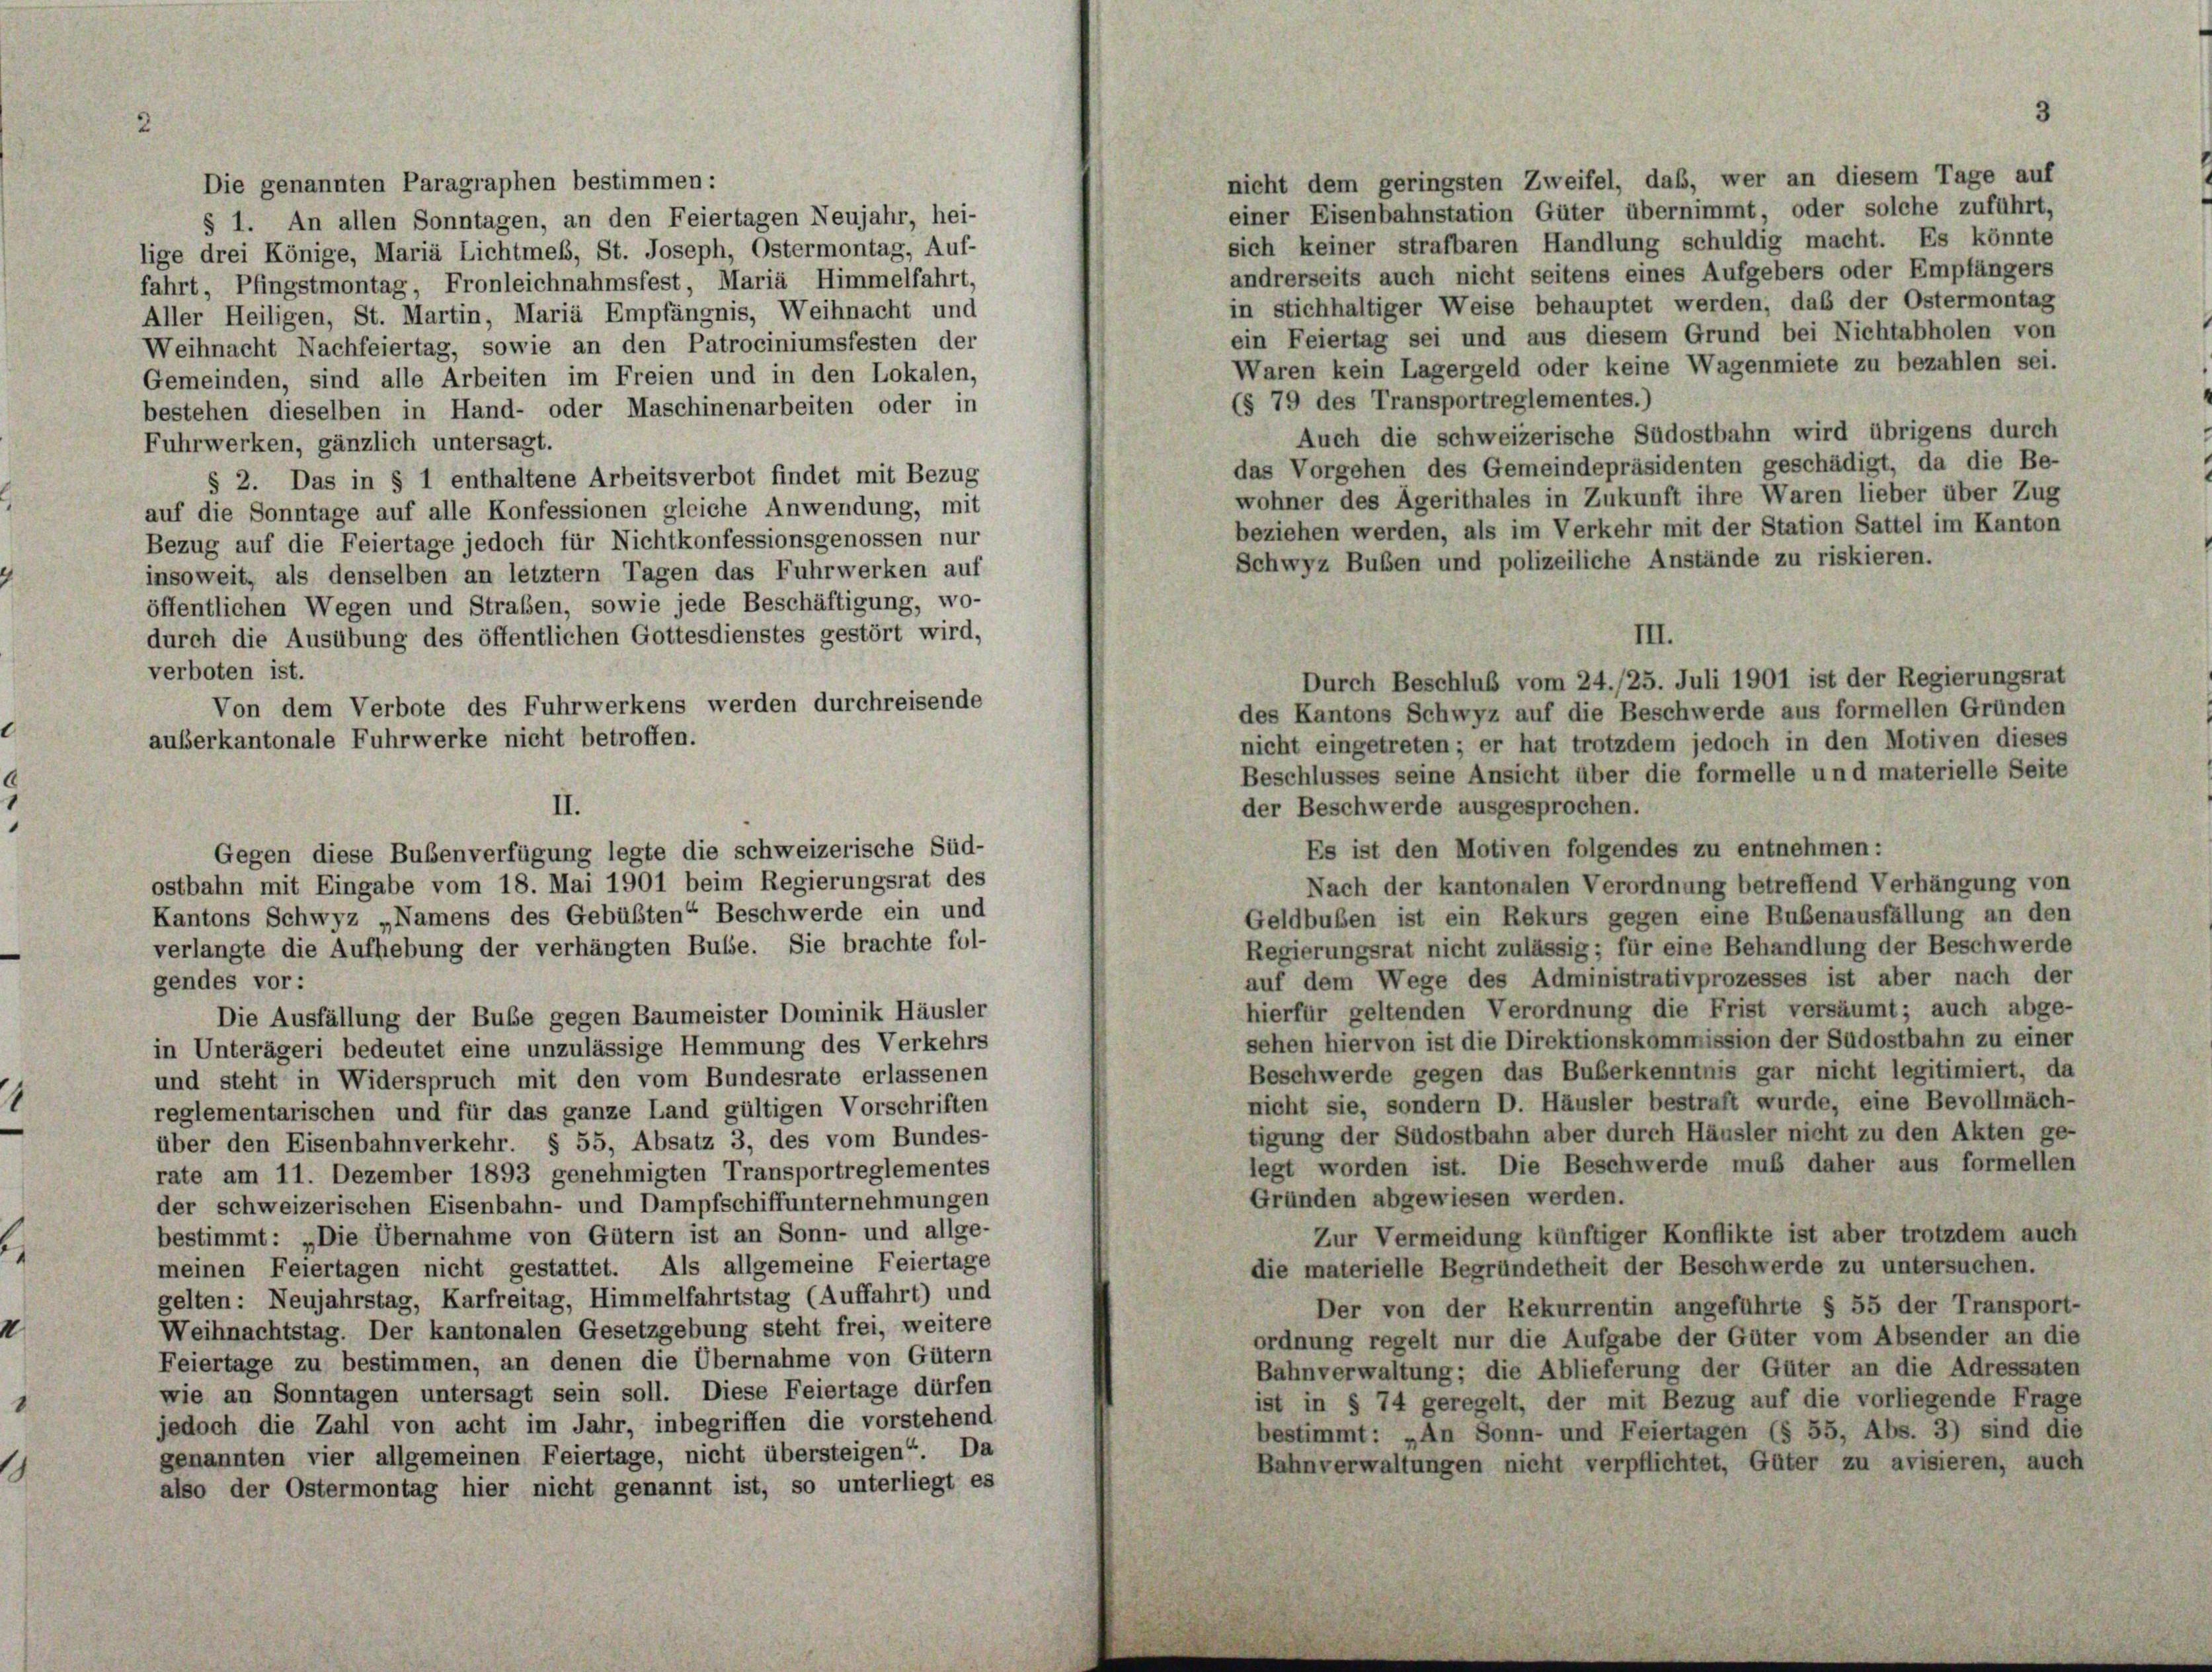
nicht dem geringsten Zweifel, das, wer an diesem Tage auf
Die genannten Paragraphen bestimmen:
einer Eisenbahnstation Güter übernimmt, oder solche zuführt,
§ 1. An allen Sonntagen, an den Feiertagen Neujahr, hei-
sich keiner strafbaren Handlung schuldig macht. Es könnte
ge drei Könige, Maria Lichtmess, St. Joseph, Ostermontag, Auf-
andrerseits auch nicht seitens eines Aufgebers oder Empfängers
hrt, Pfingstmontag, Fronleichnahmsfest, Mariä Himmelfahrt,
in stichhaltiger Weise behauptet werden, das der Ostermontag
Aller Heiligen, St. Martin, Maria Empfängnis, Weihnacht und
ein Feiertag sei und aus diesem Grund bei Nichtabholen von
Veihnacht Nachfeiertag, sowie an den Patrociniumsfesten der
Waren kein Lagergeld oder keine Wagenmiete zu bezahlen sei.
femeinden, sind alle Arbeiten im Freien und in den Lokalen,
(§ 79 des Transportreglementes.)
estehen dieselben in Hand- oder Maschinenarbeiten oder in
Auch die schweizerische Südostbahn wird übrigens durch
Fuhrwerken, gänzlich untersagt.
das Vorgehen des Gemeindepräsidenten geschädigt, da die Be-
§ 2. Das in § 1 enthaltene Arbeitsverbot findet mit Bezug
wohner des Ägerithales in Zukunft ihre Waren lieber über Zug
uf die Sonntage auf alle Konfessionen gleiche Anwendung, mit
beziehen werden, als im Verkehr mit der Station Sattel im Kanton
bezug auf die Feiertage jedoch für Nichtkonfessionsgenossen nur
Schwyz Buben und polizeiliche Anstände zu riskieren.
asoweit, als denselben an letztem Tagen das Fuhrwerken auf
ffentlichen Wegen und Straßen, sowie jede Beschäftigung, wo-
urch die Ausübung des öffentlichen Gottesdienstes gestört wird,
erboten ist.
Durch Beschluß vom 24./25. Juli 1901 ist der Regierungsrat
Von dem Verbote des Fuhrwerkens werden durchreisende
des Kantons Schwyz auf die Beschwerde aus formellen Gründen
auberkantonale Fuhrwerke nicht betroffen.
nicht eingetreten; er hat trotzdem jedoch in den Motiven dieses
Beschlusses seine Ansicht über die formelle und materielle Seite
der Beschwerde ausgesprochen.
II.
Es ist den Motiven folgendes zu entnehmen:
Gegen diese Bubenverfügung legte die schweizerische Süd-
ostbahn mit Eingabe vom 18. Mai 1901 beim Regierungsrat des
Nach der kantonalen Verordnung betreffend Verhängung von
Kantons Schwyz „Namens des Gebübten“ Beschwerde ein und
Geldbuben ist ein Rekurs gegen eine Bubenausfällung an den
Regierungsrat nicht zulässig; für eine Behandlung der Beschwerde
verlangte die Aufhebung der verhängten Bube. Sie brachte fol-
auf dem Wege des Administrativprozesses ist aber nach der
gendes vor:
hierfür geltenden Verordnung die Frist versäumt; auch abge-
Die Ausfällung der Bube gegen Baumeister Dominik Häusler
sehen hiervon ist die Direktionskommission der Südostbahn zu einer
n Unterägeri bedeutet eine unzulässige Hemmung des Verkehrs
Beschwerde gegen das Buberkenntnis gar nicht legitimiert, da
und steht in Widerspruch mit den vom Bundesrate erlassenen
nicht sie, sondern D. Häusler bestraft wurde, eine Bevollmäch-
eglementarischen und für das ganze Land gültigen Vorschriften
tigung der Südostbahn aber durch Häusler nicht zu den Akten ge-
über den Eisenbahnverkehr. § 55, Absatz 3, des vom Bundes-
legt worden ist. Die Beschwerde muß daher aus formellen
rate am 11. Dezember 1893 genehmigten Transportreglementes
Gründen abgewiesen werden.
der schweizerischen Eisenbahn- und Dampfschiffunternehmungen
bestimmt: „Die Übernahme von Gütern ist an Sonn- und allge-
Zur Vermeidung künftiger Konflikte ist aber trotzdem auch
meinen Feiertagen nicht gestattet. Als allgemeine Feiertage
die materielle Begründetheit der Beschwerde zu untersuchen.
gelten: Neujahrstag, Karfreitag, Himmelfahrtstag (Auffahrt) und
Der von der Rekurrentin angeführte § 55 der Transport-
Weihnachtstag. Der kantonalen Gesetzgebung steht frei, weitere
ordnung regelt nur die Aufgabe der Güter vom Absender an die
Feiertage zu bestimmen, an denen die Übernahme von Gütern
Bahnverwaltung; die Ablieferung der Güter an die Adressaten
wie an Sonntagen untersagt sein soll. Diese Feiertage dürfen
ist in § 74 geregelt, der mit Bezug auf die vorliegende Frage
jedoch die Zahl von acht im Jahr, inbegriffen die vorstehend
bestimmt: „An Sonn- und Feiertagen (§ 55, Abs. 3) sind die
genannten vier allgemeinen Feiertage, nicht übersteigen“. Da
Bahnverwaltungen nicht verpflichtet, Güter zu avisieren, auch
also der Ostermontag hier nicht genannt ist, so unterliegt es

III.